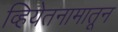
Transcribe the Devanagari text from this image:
व्हियेतनामातून